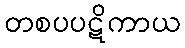
တစပပဋိကာယ